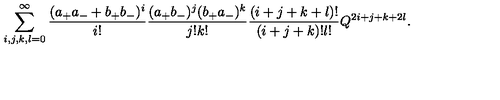
\sum _ { i , j , k , l = 0 } ^ { \infty } \frac { ( a _ { + } a _ { - } + b _ { + } b _ { - } ) ^ { i } } { i ! } \frac { ( a _ { + } b _ { - } ) ^ { j } ( b _ { + } a _ { - } ) ^ { k } } { j ! k ! } \frac { ( i + j + k + l ) ! } { ( i + j + k ) ! l ! } Q ^ { 2 i + j + k + 2 l } .